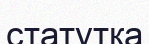
статутқа